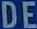
DE